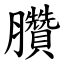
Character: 臢